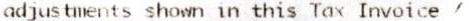
ADJUSTMENTS SHOWN IN THIS TAX INVOICE /